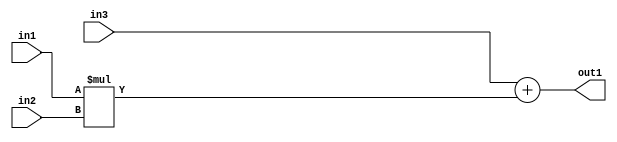
`timescale 1ps / 1ps
/*****************************************************************************
    Verilog RTL Description
    
    
    Created by: Stratus DpOpt 21.05.01 
*******************************************************************************/

module SobelFilter_Add2Mul2s32s32s32_4 (
	in3,
	in2,
	in1,
	out1
	); /* architecture "behavioural" */ 
input [31:0] in3,
	in2,
	in1;
output [31:0] out1;
wire [31:0] asc001;

wire [31:0] asc001_tmp_0;
assign asc001_tmp_0 = 
	+(in3);
assign asc001 = asc001_tmp_0
	+(in1 * in2);

assign out1 = asc001;
endmodule

/* CADENCE  uLDzTgA= : u9/ySxbfrwZIxEzHVQQV8Q== ** DO NOT EDIT THIS LINE ******/